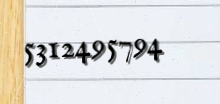
5312495794